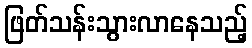
ဖြတ်သန်းသွားလာနေသည့်